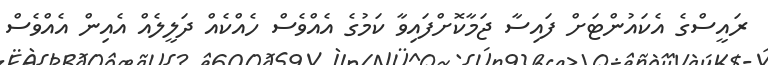
ރައީސްގެ އެކައުންޓަށް ފައިސާ ޖަމާކޮށްފައިވާ ކަމުގެ އެއްވެސް ހެއްކެއް ދަލީލެއް އެއިން އެއްވެސް